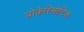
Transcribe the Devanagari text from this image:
प्रोकेरिओटिक